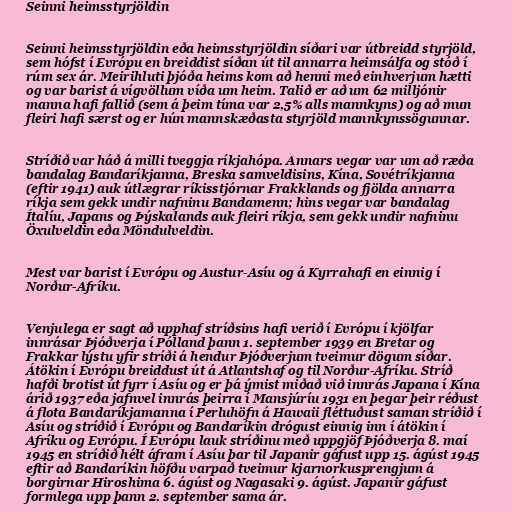
Seinni heimsstyrjöldin

Seinni heimsstyrjöldin eða heimsstyrjöldin síðari var útbreidd styrjöld,
sem hófst í Evrópu en breiddist síðan út til annarra heimsálfa og stóð í
rúm sex ár. Meirihluti þjóða heims kom að henni með einhverjum hætti
og var barist á vígvöllum víða um heim. Talið er að um 62 milljónir
manna hafi fallið (sem á þeim tíma var 2,5% alls mannkyns) og að mun
fleiri hafi særst og er hún mannskæðasta styrjöld mannkynssögunnar.

Stríðið var háð á milli tveggja ríkjahópa. Annars vegar var um að ræða
bandalag Bandaríkjanna, Breska samveldisins, Kína, Sovétríkjanna
(eftir 1941) auk útlægrar ríkisstjórnar Frakklands og fjölda annarra
ríkja sem gekk undir nafninu Bandamenn; hins vegar var bandalag
Ítalíu, Japans og Þýskalands auk fleiri ríkja, sem gekk undir nafninu
Öxulveldin eða Möndulveldin.

Mest var barist í Evrópu og Austur-Asíu og á Kyrrahafi en einnig í
Norður-Afríku.

Venjulega er sagt að upphaf stríðsins hafi verið í Evrópu í kjölfar
innrásar Þjóðverja í Pólland þann 1. september 1939 en Bretar og
Frakkar lýstu yfir stríði á hendur Þjóðverjum tveimur dögum síðar.
Átökin í Evrópu breiddust út á Atlantshaf og til Norður-Afríku. Stríð
hafði brotist út fyrr í Asíu og er þá ýmist miðað við innrás Japana í Kína
árið 1937 eða jafnvel innrás þeirra í Mansjúríu 1931 en þegar þeir réðust
á flota Bandaríkjamanna í Perluhöfn á Hawaii fléttuðust saman stríðið í
Asíu og stríðið í Evrópu og Bandaríkin drógust einnig inn í átökin í
Afríku og Evrópu. Í Evrópu lauk stríðinu með uppgjöf Þjóðverja 8. maí
1945 en stríðið hélt áfram í Asíu þar til Japanir gáfust upp 15. ágúst 1945
eftir að Bandaríkin höfðu varpað tveimur kjarnorkusprengjum á
borgirnar Hiroshima 6. ágúst og Nagasaki 9. ágúst. Japanir gáfust
formlega upp þann 2. september sama ár.